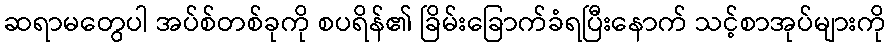
ဆရာမတွေပါ အပ်စ်တစ်ခုကို စပရိန်၏ ခြိမ်းခြောက်ခံရပြီးနောက် သင့်စာအုပ်များကို